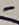
Text: -